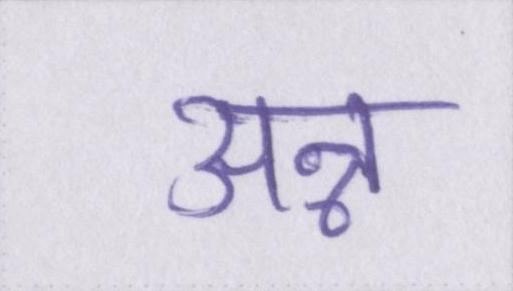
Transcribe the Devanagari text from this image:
अन्न